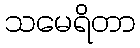
သမေရိတာ